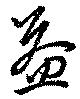
益